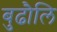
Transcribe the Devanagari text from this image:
बुढौलि